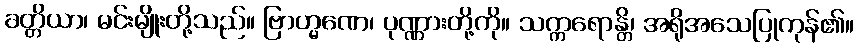
ခတ္တိယာ၊ မင်းမျိုးတို့သည်။ ဗြာဟ္မဏေ၊ ပုဏ္ဏားတို့ကို။ သက္ကရောန္တိ၊ အရိုအသေပြုကုန်၏။